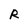
Character: R